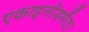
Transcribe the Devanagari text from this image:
एकाइनोडर्मेटा